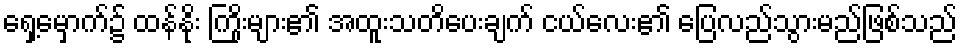
ရှေ့မှောက်၌ ထန်နိုး ကြိုးများ၏ အထူးသတိပေးချက် ငယ်လေး၏ ပြေလည်သွားမည်ဖြစ်သည်